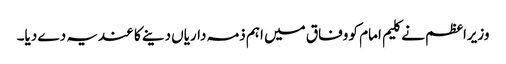
وزیراعظم نے کلیم امام کو وفاق میں اہم ذمہ داریاں دینے کا عندیہ دے دیا۔